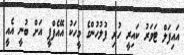
އައިފަލް ޓަވަރު ކައިރީ ހުރި ފުލުހުންގެ މީހަކު އޭއެފްޕީ އަށް ބުނީ އެއީ